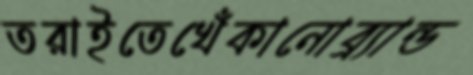
তরাইতেখেঁকানোব্র্যান্ড